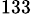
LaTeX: ^{133}